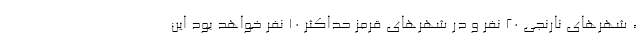
، شهرهای نارنجی ۲۰ نفر و در شهرهای قرمز حداکثر ۱۰ نفر خواهد بود این